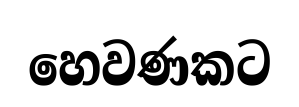
හෙවණකට